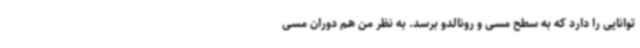
توانایی را دارد که به سطح مسی و رونالدو برسد. به نظر من هم دوران مسی